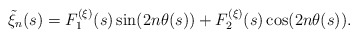
\begin{align*}\tilde{\xi}_n(s) = F_1^{(\xi)}(s)\sin(2n\theta(s)) + F_2^{(\xi)}(s)\cos(2n\theta(s)).\end{align*}